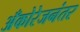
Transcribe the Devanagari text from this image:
अँकोरेजनंतर